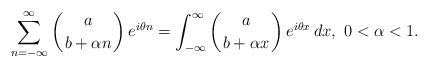
LaTeX: \begin{align*}\sum_{n=-\infty}^\infty \left({a\atop b+\alpha n}\right)e^{i\theta n} =\int_{-\infty}^\infty\left({a\atop b+\alpha x}\right) e^{i\theta x}\,dx,~0<\alpha<1.\end{align*}